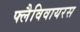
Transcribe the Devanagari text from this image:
फ्लैविवायरस